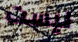
ليست